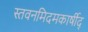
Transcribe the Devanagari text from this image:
स्तवनमिदमकार्षीद्